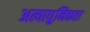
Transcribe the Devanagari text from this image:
अत्याधुनिकता